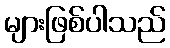
များဖြစ်ပါသည်